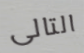
التالى